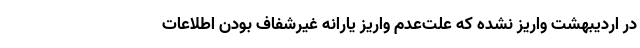
در اردیبهشت واریز نشده که علت‌عدم واریز یارانه غیرشفاف بودن اطلاعات